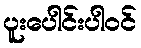
ပူးပေါင်းပါဝင်